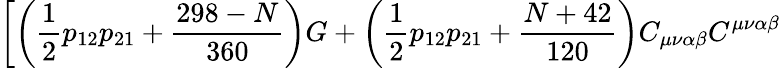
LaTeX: \left[\left(\frac{1}{2}p_{12}p_{21}+\frac{298-N}{360}\right)G+\left(\frac{1}{2}p_{12}p_{21}+\frac{N+42}{120}\right)C_{\mu\nu\alpha\beta}C^{\mu\nu\alpha\beta}\right.